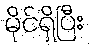
မိုင်ရှိပြီး